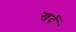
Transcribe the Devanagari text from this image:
खर्द